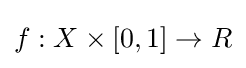
f:X\times \lbrack 0,1]\rightarrow R